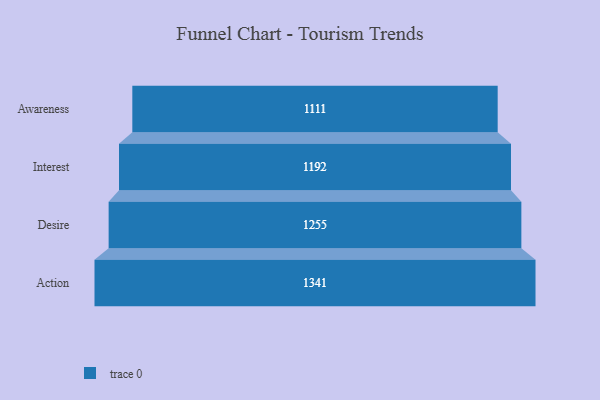
{"axis": {"x": "Stage", "y": "Value"}, "legend": [""], "data": [{"x": "Awareness", "y": 1111.0, "type": ""}, {"x": "Interest", "y": 1192.0, "type": ""}, {"x": "Desire", "y": 1255.0, "type": ""}, {"x": "Action", "y": 1341.0, "type": ""}]}